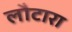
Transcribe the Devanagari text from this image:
लौटारा